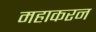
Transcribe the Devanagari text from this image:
महाकरन